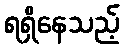
ရရှိနေသည့်